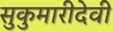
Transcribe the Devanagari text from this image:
सुकुमारीदेवी